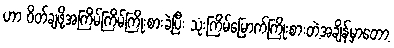
ဟာ ၀ိတ်ချဖို့အကြိမ်ကြိမ်ကြိုးစားခဲ့ပြီး သုံးကြိမ်မြောက်ကြိုးစားတဲ့အချိန်မှာတော့